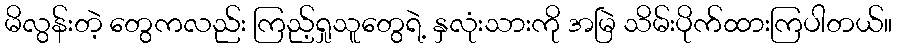
မိလွန်းတဲ့ တွေကလည်း ကြည့်ရှုသူတွေရဲ့ နှလုံးသားကို အမြဲ သိမ်းပိုက်ထားကြပါတယ်။